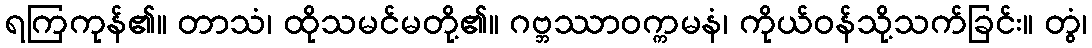
ရကြကုန်၏။ တာသံ၊ ထိုသမင်မတို့၏။ ဂဗ္ဘဿာဝက္ကမနံ၊ ကိုယ်ဝန်သို့သက်ခြင်း။ တွံ၊